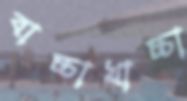
বাচ্চাখাচ্চা